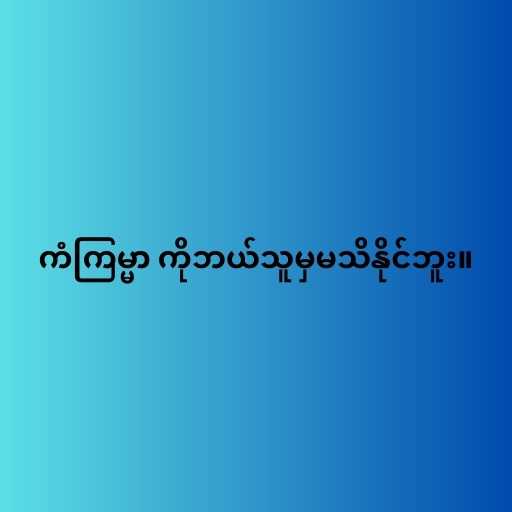
ကံကြမ္မာ ကိုဘယ်သူမှမသိနိုင်ဘူး။